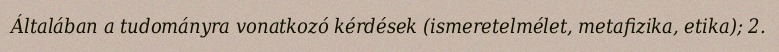
Általában a tudományra vonatkozó kérdések (ismeretelmélet, metafizika, etika); 2.